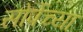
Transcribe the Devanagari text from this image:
सोर्पेच्या